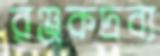
রঞ্জকদ্রব্য